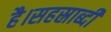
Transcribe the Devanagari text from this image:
है।सहस्राब्दी